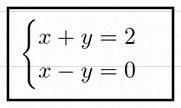
\begin{cases}x+y=2\\x-y=0\end{cases}